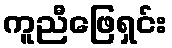
ကူညီဖြေရှင်း